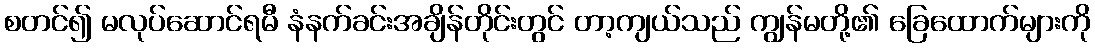
စတင်၍ မလုပ်ဆောင်ရမီ နံနက်ခင်းအချိန်တိုင်းတွင် တာ့ကျယ်သည် ကျွန်မတို့၏ ခြေထောက်များကို